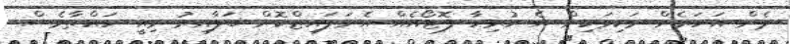
ދެން އަހަރެން ވަކިވަކިން އެ ހުރިހާ ފޮޓޯއެއް އެނަލައިޒްކޮށް ބަލާއިރު މިއީ ހައްތާވެސް